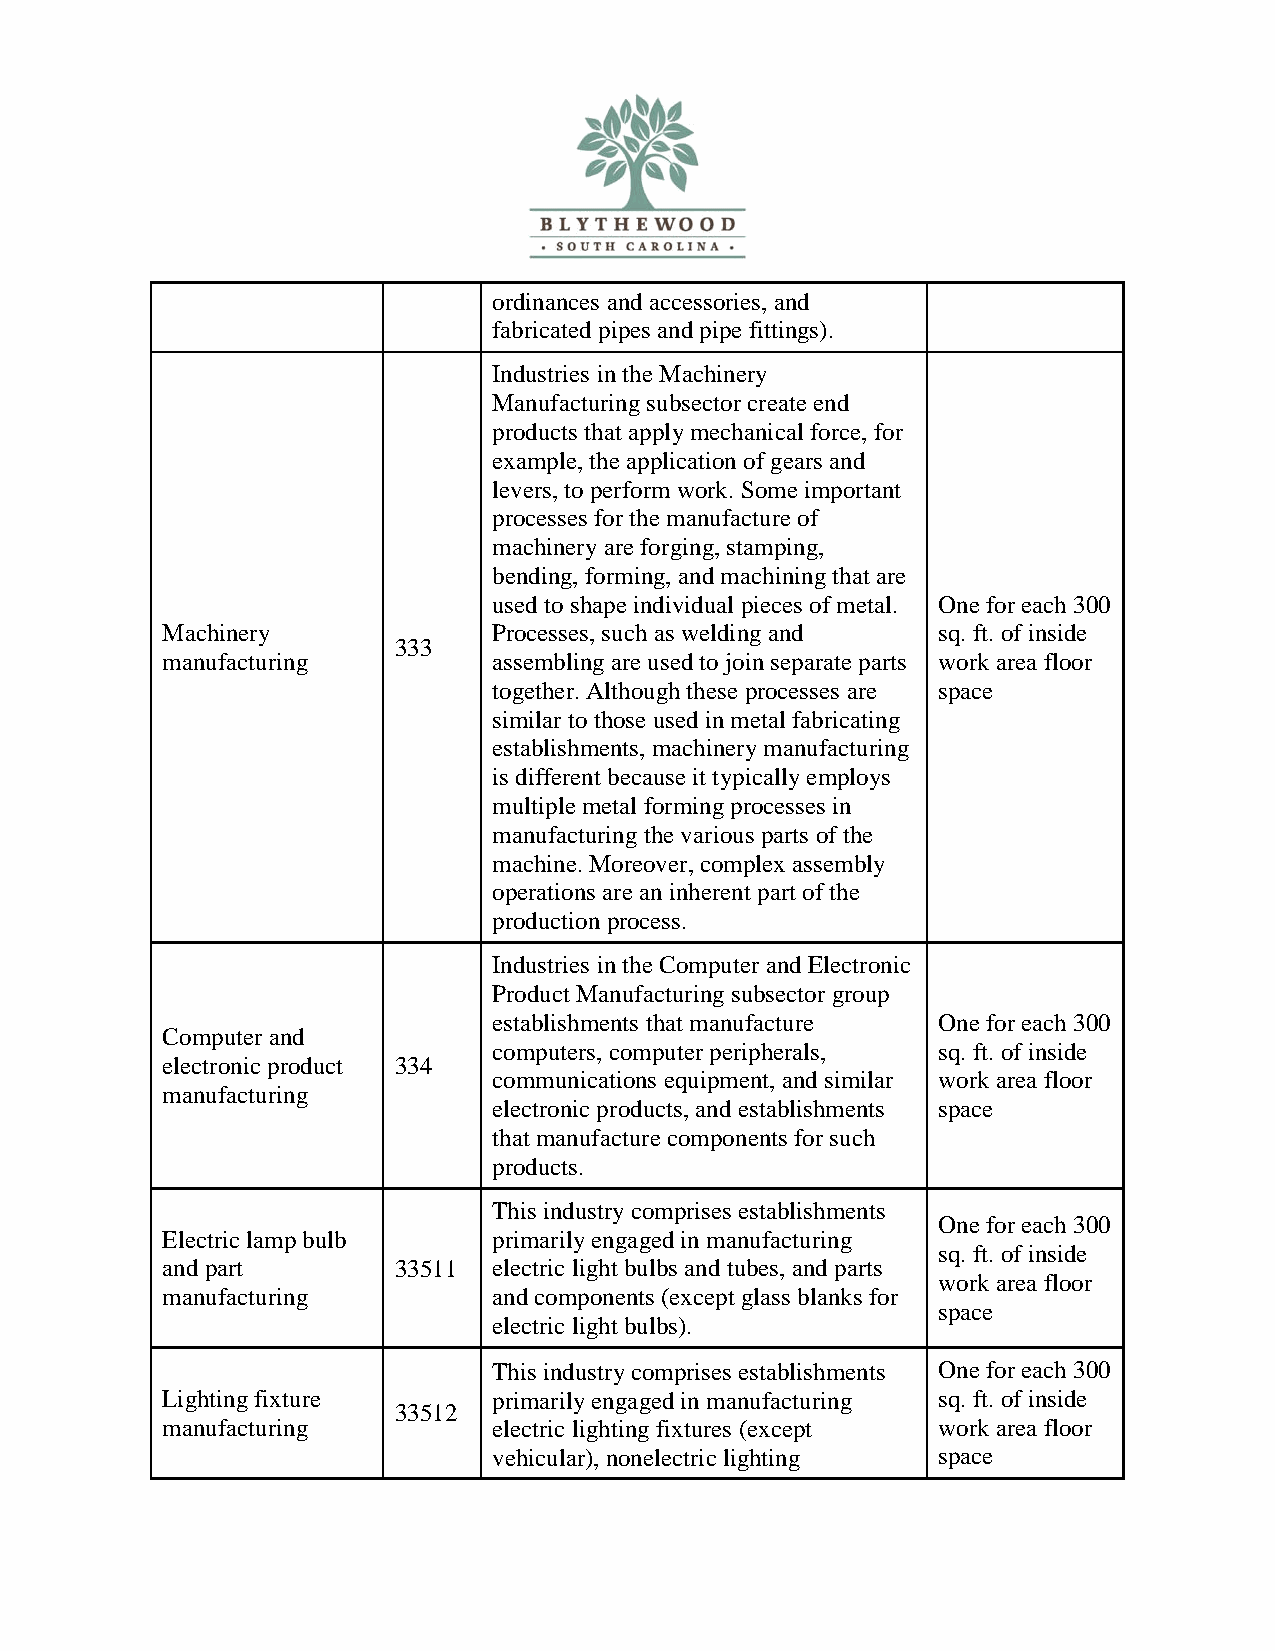
ordinances and accessories, and
 fabricated pipes and pipe fittings).
 Industries in the Machinery
 Manufacturing subsector create end
 products that apply mechanical force, for
 example, the application of gears and
 levers, to perform work. Some important
 processes for the manufacture of
 machinery are forging, stamping,
 bending, forming, and machining that are
 used to shape individual pieces of metal. One for each 300
 Machinery             Processes, such as welding and sq. ft. of inside
 333
 manufacturing         assembling are used to join separate parts work area floor
 together. Although these processes are space
 similar to those used in metal fabricating
 establishments, machinery manufacturing
 is different because it typically employs
 multiple metal forming processes in
 manufacturing the various parts of the
 machine. Moreover, complex assembly
 operations are an inherent part of the
 production process.
 Industries in the Computer and Electronic
 Product Manufacturing subsector group
 establishments that manufacture One for each 300
 Computer and
 computers, computer peripherals, sq. ft. of inside
 electronic product 334
 communications equipment, and similar work area floor
 manufacturing
 electronic products, and establishments space
 that manufacture components for such
 products.
 This industry comprises establishments
 One for each 300
 Electric lamp bulb    primarily engaged in manufacturing
 sq. ft. of inside
 and part       33511  electric light bulbs and tubes, and parts
 work area floor
 manufacturing         and components (except glass blanks for
 space
 electric light bulbs).
 This industry comprises establishments One for each 300
 Lighting fixture      primarily engaged in manufacturing sq. ft. of inside
 33512
 manufacturing         electric lighting fixtures (except work area floor
 vehicular), nonelectric lighting space